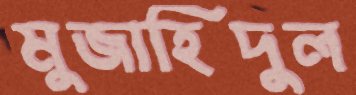
মুজাহিদুল